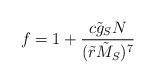
LaTeX: \begin{align*}f=1+{c\tilde{g}_S N\over (\tilde{r}\tilde{M}_S)^7}\end{align*}